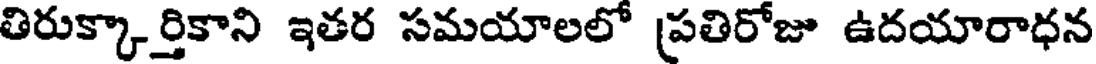
తిరుక్కార్తికాని ఇతర సమయాలలో ప్రతిరోజు ఉదయారాధన